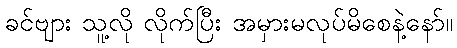
ခင်ဗျား သူ့လို လိုက်ပြီး အမှားမလုပ်မိစေနဲ့နော်။